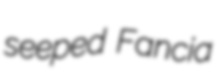
seeped Fancia